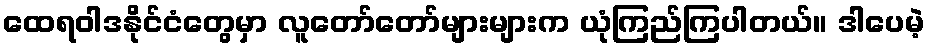
ထေရဝါဒနိုင်ငံတွေမှာ လူတော်တော်များများက ယုံကြည်ကြပါတယ်။ ဒါပေမဲ့